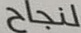
لنجاح